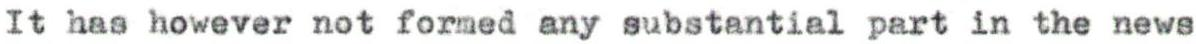
It has however not formed any substantial part in the news